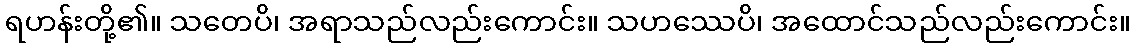
ရဟန်းတို့၏။ သတေပိ၊ အရာသည်လည်းကောင်း။ သဟဿေပိ၊ အထောင်သည်လည်းကောင်း။